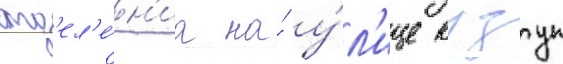
отд'ел'е́н'иа на́ у́л'ице кузгун